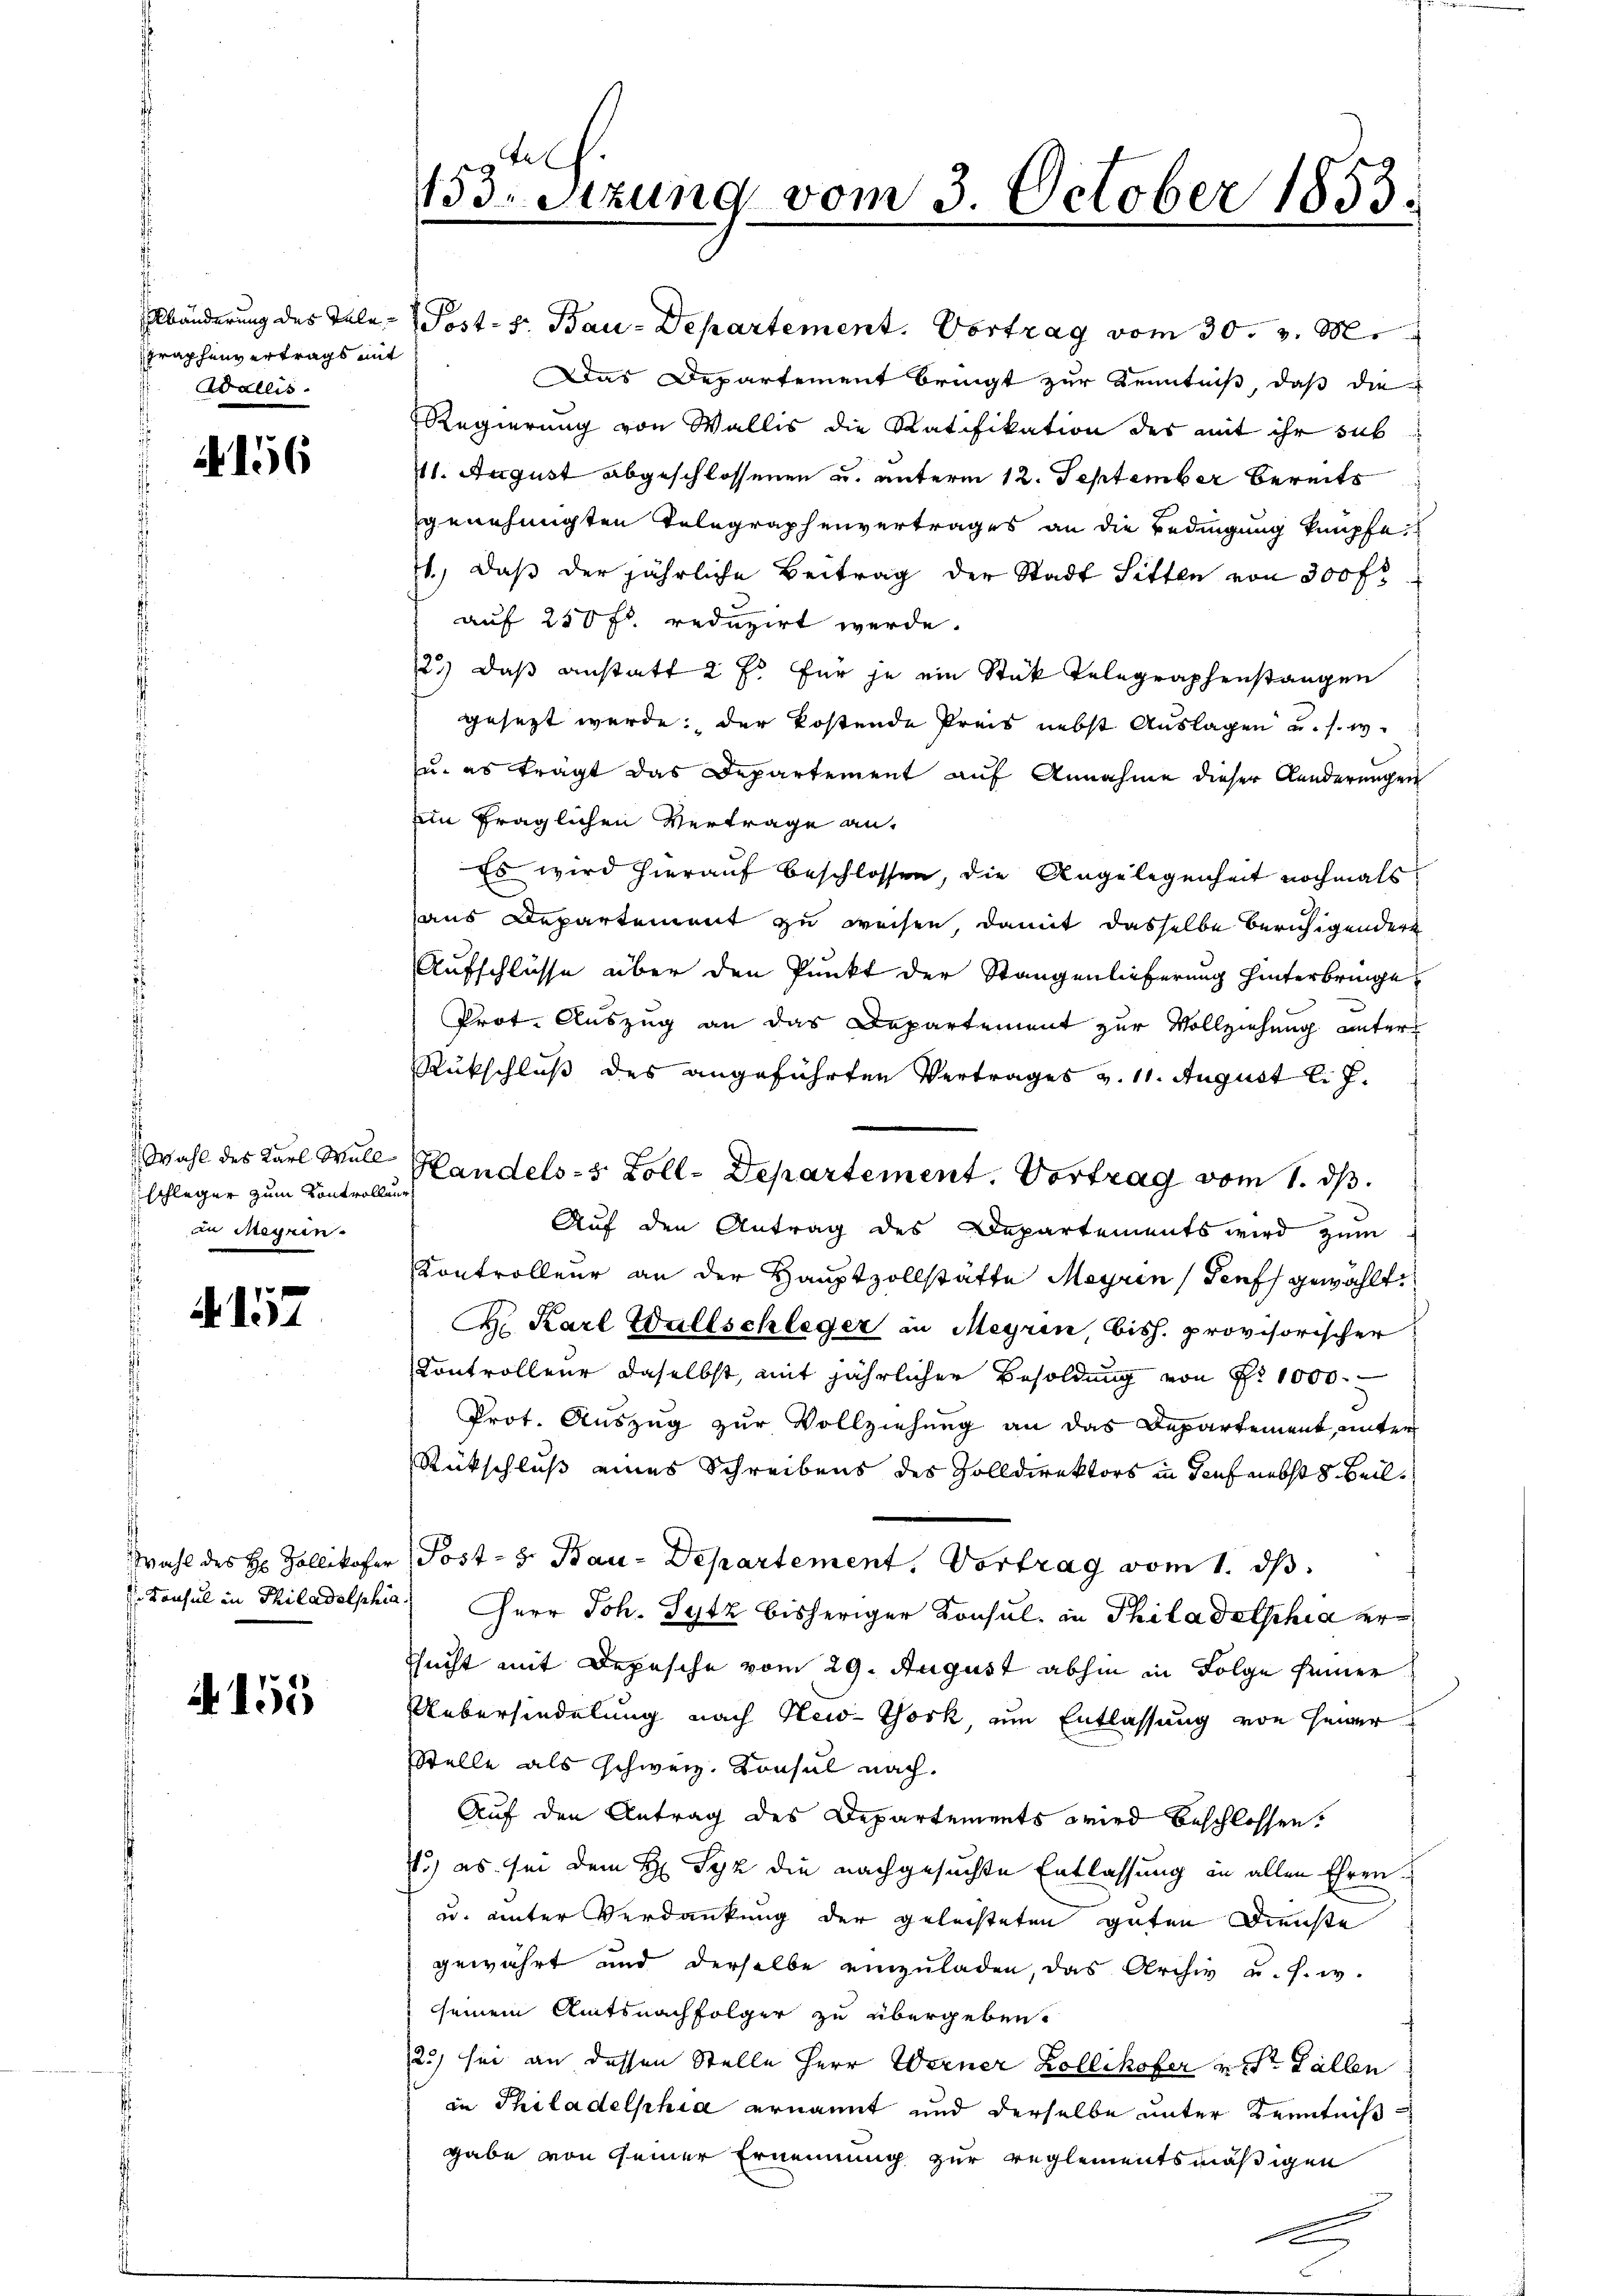
Fraphenvertrags mit
Wallis.

4156

Wahl des Karl Wull
an Meyrin.

A 152

A 155

Abänderung des Tale -   Post v. Bau-Departement. Vortrag vom 30. v. M.
Das Departement bringt zur Kenntniß, daß die
Regierung von Wallis die Ratifikation des mit ihr sub
11. August abgeschlossenen u. unterm 12. September bereits
genehmigten Telegraphenvertrages an die Bedingung knüpfe
1.) Daß der jährliche Beitrag der Stadt Sitten von 300 fr
auf 250 fl. reduzirt werde.
12.) Daß anstatt 2 Fr. für je ein Stük Telegraphenstangen
gesezt werde; der kostende Preis nebst Auslagen u. s. w.
zu, es trägt das Departement auf Annahme dieser Aenderungen
ein fraglichen Vertrage an.
Es wird hierauf beschlossen, die Angelegenheit nochmals
aus Departement zu weisen, damit dasselbe beruhigendere
Aufschlüsse über den Punkt der Stangenlieferung hinterbringe,
Prot. Auszug an das Departement zur Vollziehung unter
Rückschluß des angeführten Vertrages v. 11. August l. J.
schleger zum Kontrol. Landels- 5 Zoll-Departement. Vortrag vom 1. ds.
Auf den Antrag des Departements wird zum
Controlleur an der Hauptzollstätte Meyrin (Genf gewählt:
H. Karl Wallschleger in Meyrin, bish. provisorischer
Controlleur daselbst, mit jährlicher Besoldung von pr 1000.
Prot. Auszug zur Vollziehung an das Departement, unter
Rückschluß eines Schreibens des Zolldirektors in Sauf nebst 8. Beil¬
Wahl des H. Zollikofer Post- u. Bau-Departement. Vortrag vom 1. ds.
.Konsul in Philadelphia Herr Joh. Sytz bisheriger Konsul in Philadelphia er¬
Esucht mit Depesche vom 29. August abhin in Folge seiner
Uebersiedelung nach New-York, um Entlassung von seiner
Stelle als schweiz. Konsul nach.
Auf den Antrag des Departements wird beschlossen.
4.) es sei dem H. Syz die nachgesuchte Entlassung in allen Ehren¬
u. unter Verdankung der geleisteten guten Dienste
gewährt und derselbe einzuladen, das Archiv u. s. w.
sseinem Amtsnachfolger zu übergeben.
2) sei an dessen Stelle Herr Werner Zollikofer v. St. Gallen
in Philadelphia ernannt und derselbe unter Kenntniß
gabe von Gener Ernennung zur reglementsmäßigen

tl
153. Sitzung vom 3. October 1853.